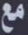
مع